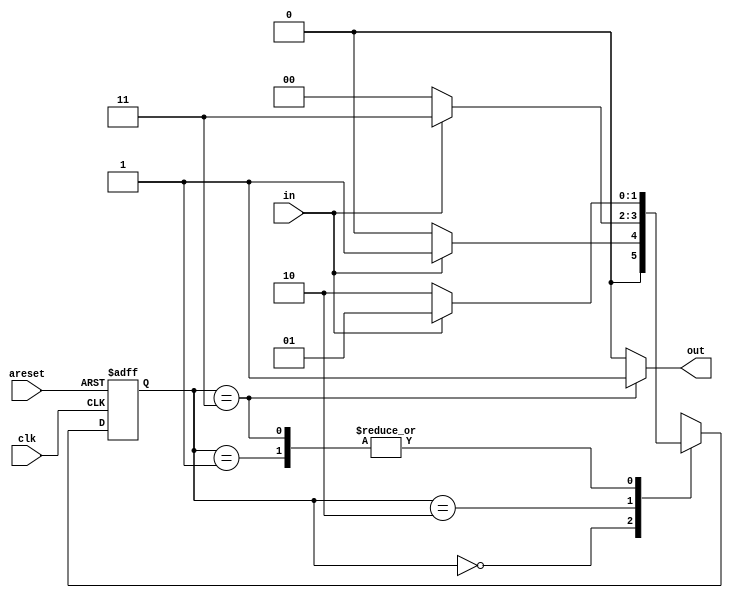
module top_module(
    input clk,
    input in,
    input areset,
    output out); //

    reg [1:0] state; 
    reg [1:0] next_state; 
    parameter A=2'b00, B=2'b01, C=2'b10, D=2'b11;
    
    // State transition logic
    always @ (*) begin 
        case (state)  
        	A : next_state = in ? B : A;
            B : next_state = in ? B : C;
            C : next_state = in ? D : A;
            D : next_state = in ? B : C;
        endcase
    end

    // State flip-flops with asynchronous active high reset
    always @ (posedge clk, posedge areset) begin
        if (areset) 
            state <= A; 
        else
            state <= next_state;
    end

    // Output logic
    assign out = (state == D) ? 1 : 0;

endmodule